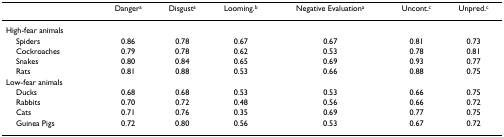
<table><thead><tr><td></td><td><b>Danger<sup>a</sup></b></td><td><b>Disgust<sup>a</sup></b></td><td><b>Looming.<sup>b</sup></b></td><td><b>Negative Evaluation<sup>a</sup></b></td><td><b>Uncont.<sup>c</sup></b></td><td><b>Unpred.<sup>c</sup></b></td></tr></thead><tbody><tr><td>High-fear animals</td><td></td><td></td><td></td><td></td><td></td><td></td></tr><tr><td> Spiders</td><td>0.86</td><td>0.78</td><td>0.67</td><td>0.67</td><td>0.81</td><td>0.73</td></tr><tr><td> Cockroaches</td><td>0.79</td><td>0.78</td><td>0.62</td><td>0.53</td><td>0.78</td><td>0.81</td></tr><tr><td> Snakes</td><td>0.80</td><td>0.84</td><td>0.65</td><td>0.69</td><td>0.93</td><td>0.77</td></tr><tr><td> Rats</td><td>0.81</td><td>0.88</td><td>0.53</td><td>0.66</td><td>0.88</td><td>0.75</td></tr><tr><td>Low-fear animals</td><td></td><td></td><td></td><td></td><td></td><td></td></tr><tr><td> Ducks</td><td>0.68</td><td>0.68</td><td>0.53</td><td>0.53</td><td>0.66</td><td>0.75</td></tr><tr><td> Rabbits</td><td>0.70</td><td>0.72</td><td>0.48</td><td>0.56</td><td>0.66</td><td>0.72</td></tr><tr><td> Cats</td><td>0.71</td><td>0.76</td><td>0.35</td><td>0.69</td><td>0.77</td><td>0.75</td></tr><tr><td> Guinea Pigs</td><td>0.72</td><td>0.80</td><td>0.56</td><td>0.53</td><td>0.67</td><td>0.72</td></tr></tbody></table>